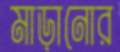
মাড়ানোর